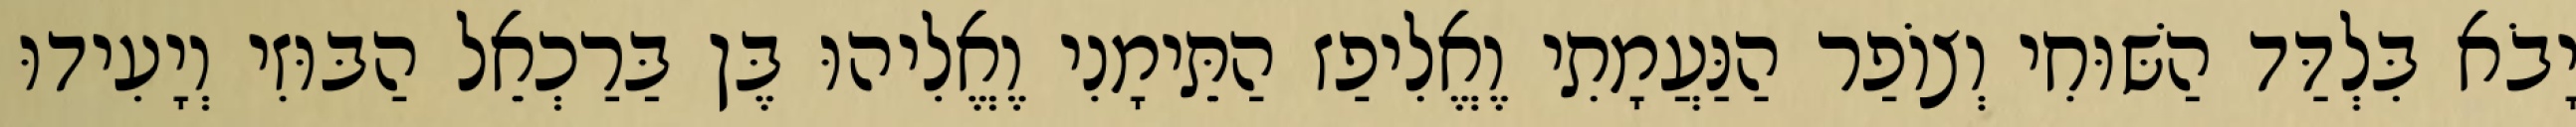
יָבֹא בִּלְדַּד הַשּׁוּחִי וְצוֹפַר הַנַּעֲמָתִי וֶאֱלִיפַז הַתֵּימָנִי וֶאֱלִיהוּ בֶּן בַּרַכְאֵל הַבּוּזִי וְיָעִידוּ